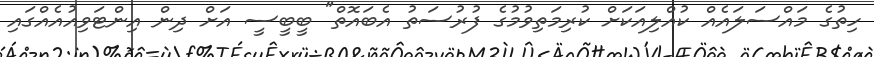
ހިތުގެ މައްސަލައެއް ކުއްލިއަކަށް ކުރިމަތިވުމުގެ ފުރުސަތު އެބައޮތް" ބީބީސީ އަށް ދިން އިންޓަވިއުއެއްގައި